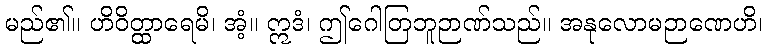
မည်၏။ ဟိဝိတ္ထာရေမိ၊ အံ့။ ဣဒံ၊ ဤဂေါတြဘူဉာဏ်သည်။ အနုလောမဉာဏေဟိ၊